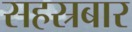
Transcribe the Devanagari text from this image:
सहस्रबार